Riisipere_vallakohus, lk 15
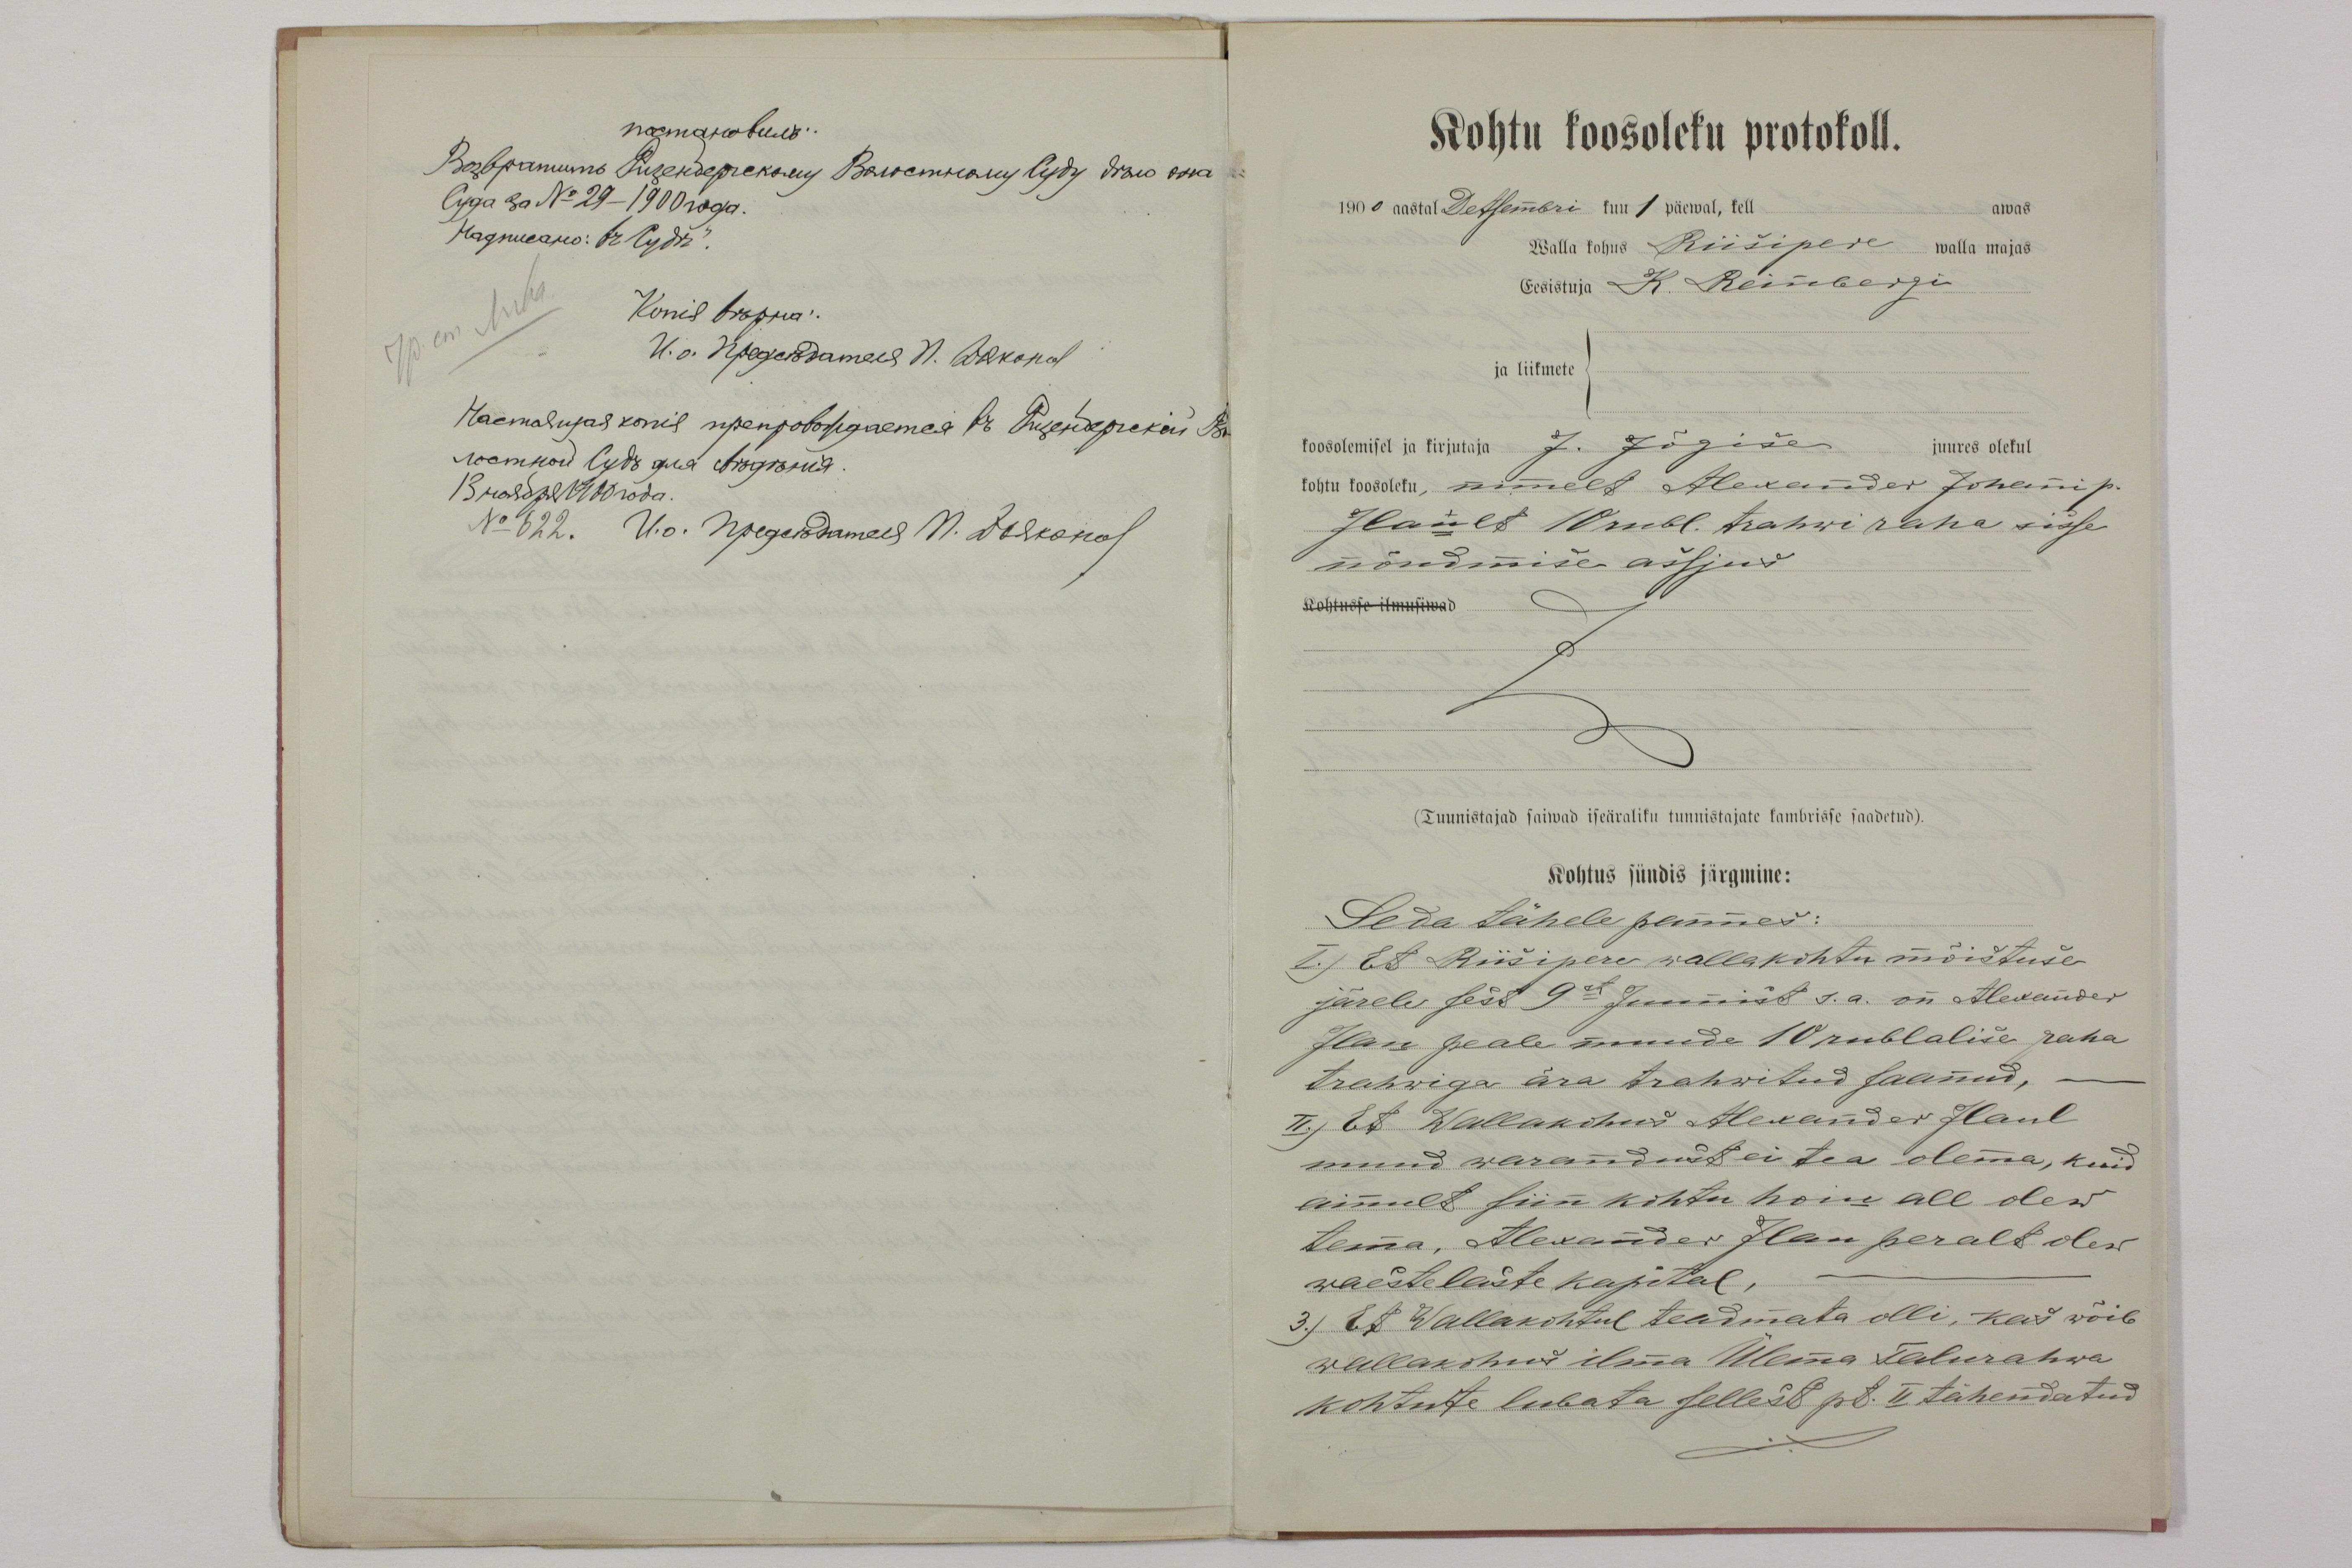
Kohtu koosoleku protokoll.
1900 aastal Detsembri kuu 1 päewal, kell awas
Walla kohus Riisipere walla majas
Eesistuja K. Reinbergi
ja liikmete
koosolemisel ja kirjutaja J. Jõgise juures olekul
kohtu koosoleku, nimelt Alexander Johani p.
Ilault 10 rubl. trahwi raha sisse
nõudmise assjus
Kohtusse ilmusiwad
(Tunnistajad saiwad iseäraliku tunnistajate kambrisse saadetud).
Kohtus sündis järgmine:
Seda tähele pannes:
I.) Et Riisipere wallakohtu mõistuse
järele sest 9st Juunist s.a. on Alexander
Ilau peale muude 10 rublalise raha
trahwiga ära trahwitud saanud, -
II.) Et Wallakohus Alexander Ilaul
muud warandust ei tea olema, kuid
ainult siin kohtu hoiu all olew
tema, Alexander Ilau peralt olew
waestelaste kapital,
3.) Et Wallakohtul teadmata olli, kas wõib
wallakohus ilma Ülema Talurahwa
kohtute lubata sellest pt. II tähendatud